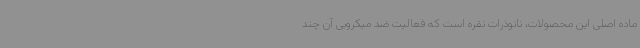
ماده اصلی این محصولات، نانوذرات نقره است که فعالیت ضد میکروبی آن چند